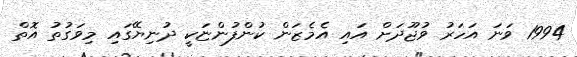
1994 ވަނަ އަހަރު ވުޖޫދަށް އައި އެމެޒަން ކުންފުންޏަކީ ދުނިޔޭގައި މިވަގުތު އޮތް